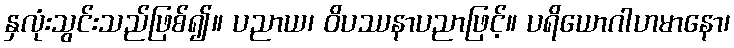
နှလုံးသွင်းသည်ဖြစ်၍။ ပညာယ၊ ဝိပဿနာပညာဖြင့်။ ပရိယောဂါဟမာနော၊